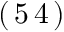
( \, 5 \, 4 \, )